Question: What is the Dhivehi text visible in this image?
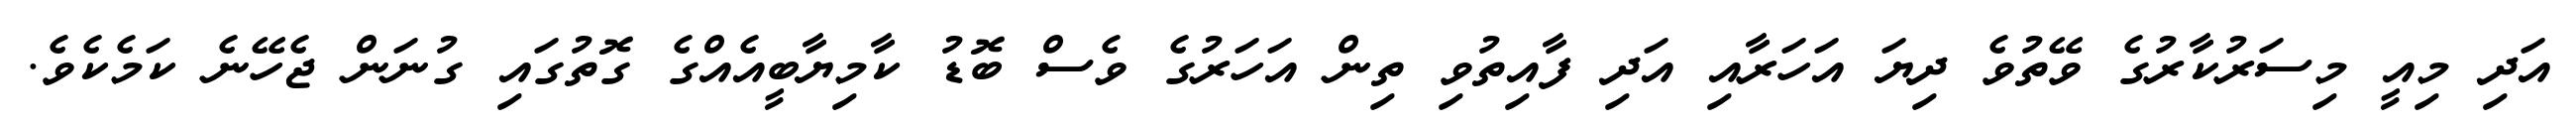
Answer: އަދި މިއީ މިސަރުކާރުގެ ވޭތުވެ ދިޔަ އަހަރާއި އަދި ފާއިތުވި ތިން އަހަރުގެ ވެސް ބޮޑު ކާމިޔާބީއެއްގެ ގޮތުގައި ގުނަން ޖެހޭނެ ކަމެކެވެ.